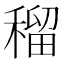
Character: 𥠷